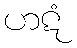
ဟဋံ